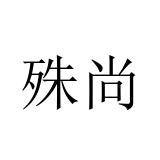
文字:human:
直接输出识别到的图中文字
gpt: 殊尚